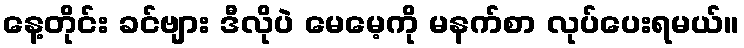
နေ့တိုင်း ခင်ဗျား ဒီလိုပဲ မေမေ့ကို မနက်စာ လုပ်ပေးရမယ်။